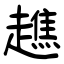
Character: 趭